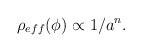
LaTeX: \begin{align*}\rho_{eff}(\phi)\propto 1/a^{n}.\end{align*}